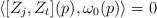
\begin{align*} \langle[Z_j, Z_t](p), \omega_0(p)\rangle =0\end{align*}